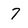
Character: 7